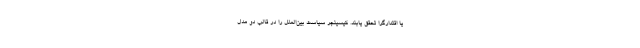
یا اقتدارگرا تحقق یابند. کیسینجر سیاست بین‌الملل را در قالب دو مدل